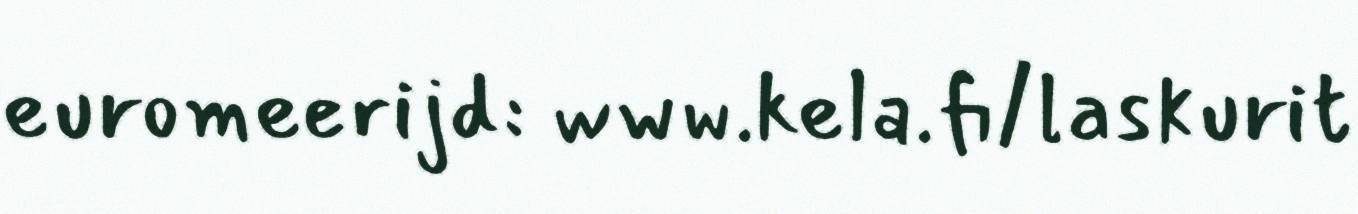
euromeerijd: www.kela.fi/laskurit